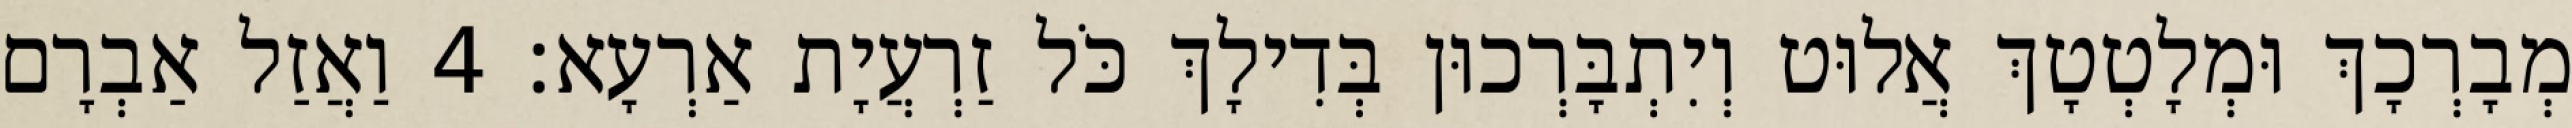
מְבָרְכָךְ וּמְלָטְטָךְ אֲלוּט וְיִתְבָּרְכוּן בְּדִילָךְ כֹּל זַרְעֲיָת אַרְעָא׃ 4 וַאֲזַל אַבְרָם